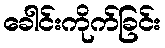
ခေါင်းကိုက်ခြင်း